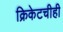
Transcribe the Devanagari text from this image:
क्रिकेटचीही